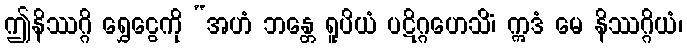
ဤနိဿဂ္ဂိ ရွှေငွေကို “အဟံ ဘန္တေ ရူပိယံ ပဋိဂ္ဂဟေသိံ၊ ဣဒံ မေ နိဿဂ္ဂိယံ၊